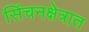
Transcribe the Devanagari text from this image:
सिंचनक्षेत्रात